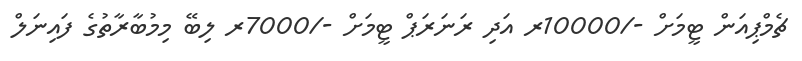
ޗެމްޕިއަން ޓީމަށް -/10000ރ އަދި ރަނަރަޕް ޓީމަށް -/7000ރ ލިބޭ މިމުބާރާތުގެ ފައިނަލް